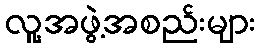
လူ့အဖွဲ့အစည်းများ